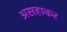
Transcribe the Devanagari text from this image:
असहाकर